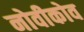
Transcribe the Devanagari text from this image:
नोवीकोव